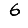
Digit: 6